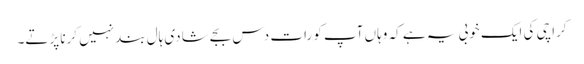
کراچی کی ایک خوبی یہ ہے کہ وہاں آپ کو رات دس بجے شادی ہال بند نہیں کرنا پڑتے۔